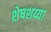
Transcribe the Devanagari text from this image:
शेषशय्या